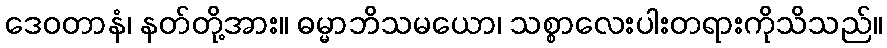
ဒေဝတာနံ၊ နတ်တို့အား။ ဓမ္မာဘိသမယော၊ သစ္စာလေးပါးတရားကိုသိသည်။